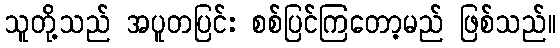
သူတို့သည် အပူတပြင်း စစ်ပြင်ကြတော့မည် ဖြစ်သည်။